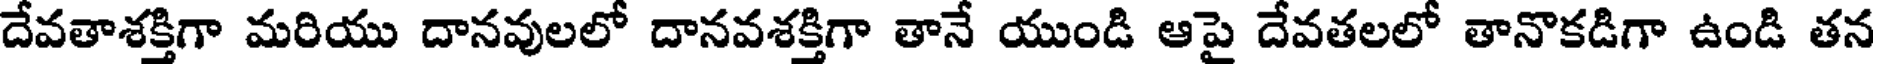
దేవతాశక్తిగా మరియు దానవులలో దానవశక్తిగా తానే యుండి ఆపై దేవతలలో తానొకడిగా ఉండి తన